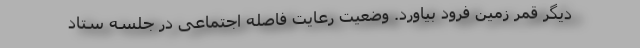
دیگر قمر زمین فرود بیاورد. وضعیت رعایت فاصله اجتماعی در جلسه ستاد